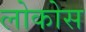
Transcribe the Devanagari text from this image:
लोकोस